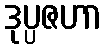
ဒုပ္ပဇဟာ